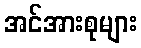
အင်အားစုများ